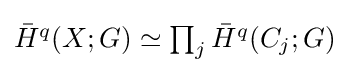
{\textstyle {\bar {H}}^{q}(X;G)\simeq \prod _{j}{\bar {H}}^{q}(C_{j};G)}